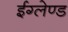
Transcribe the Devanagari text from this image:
ईग्‍लेण्‍ड